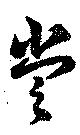
嘗